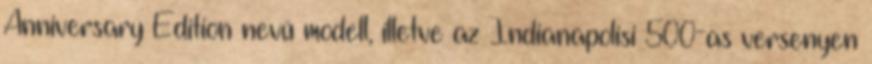
Anniversary Edition nevű modell, illetve az Indianapolisi 500-as versenyen